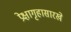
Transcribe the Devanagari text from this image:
प्रेक्षागृहासारखे